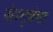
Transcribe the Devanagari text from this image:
पेराग्वेचा